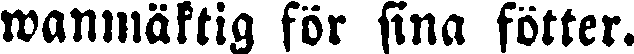
wanmäktig för sina fötter.